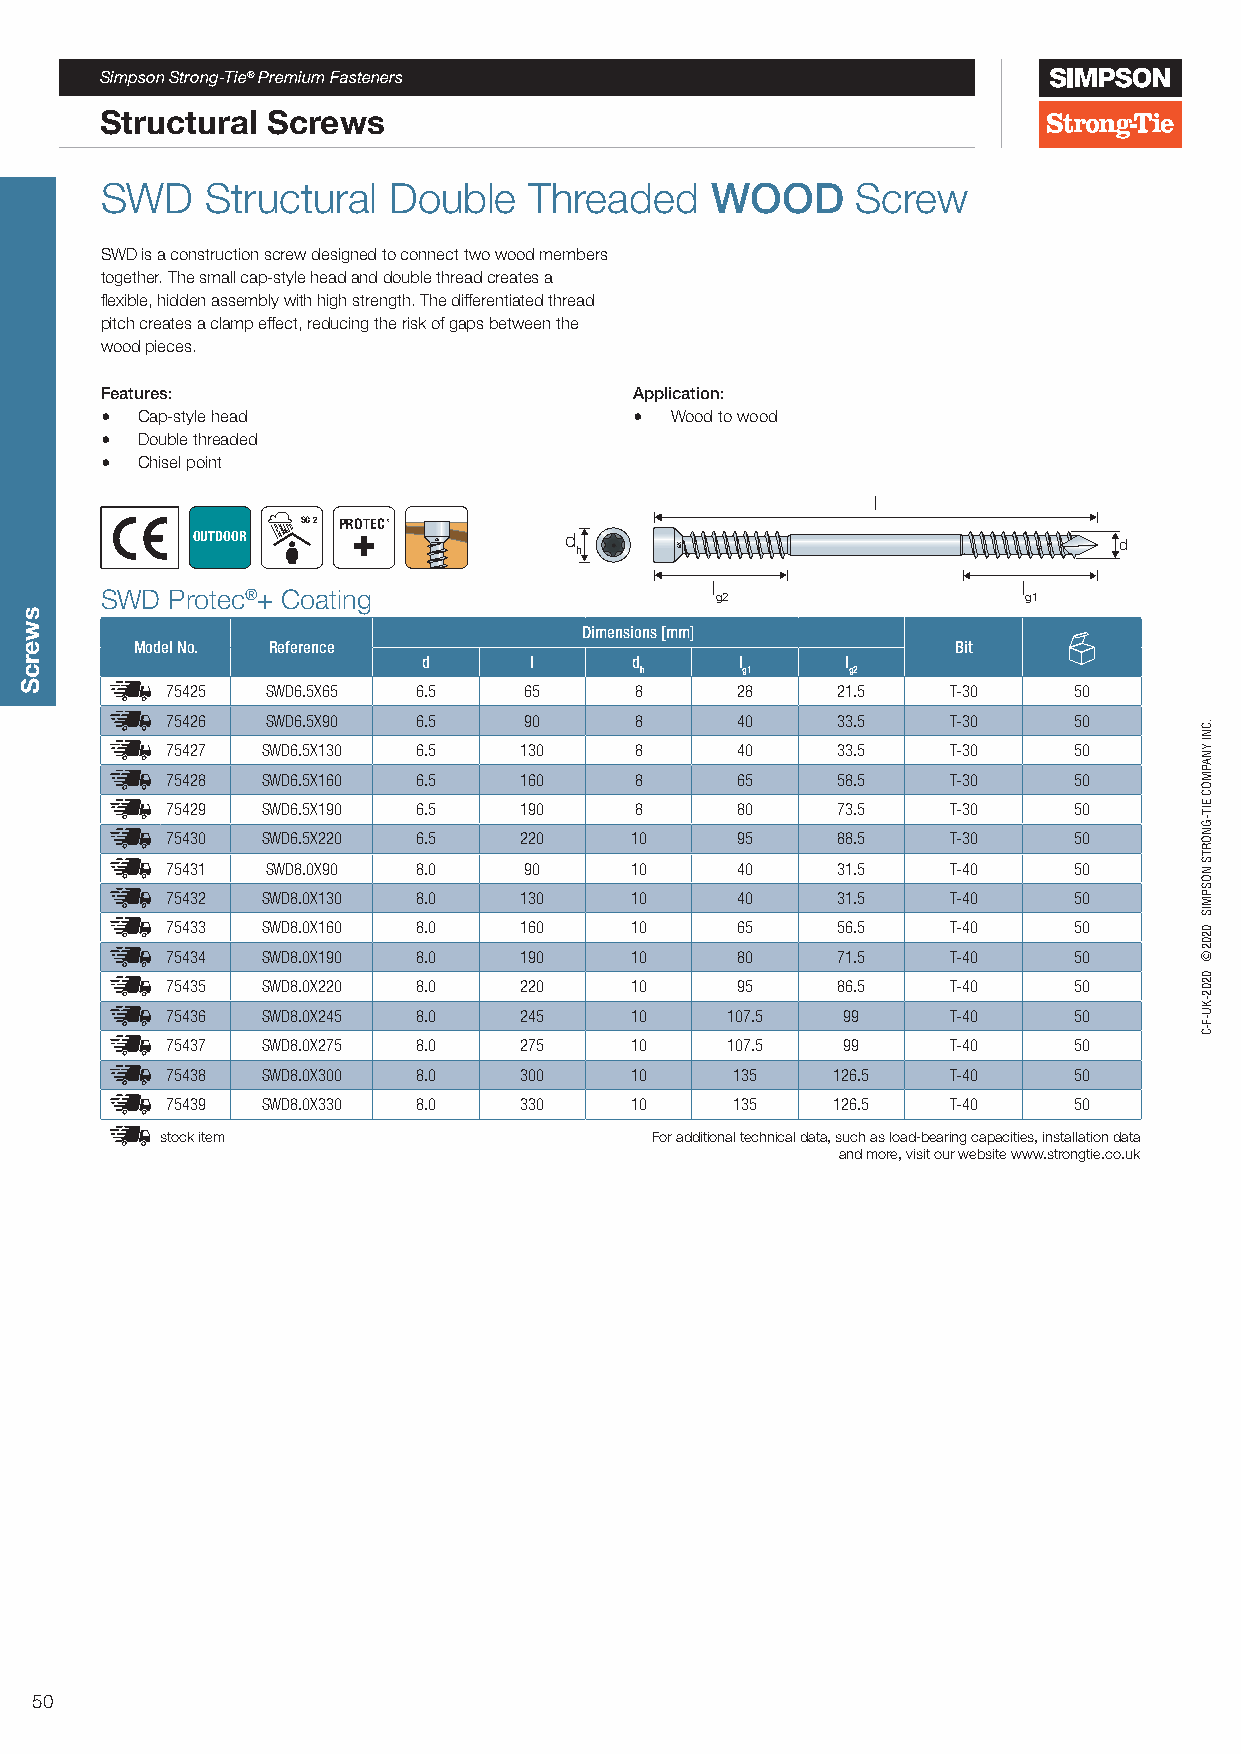
Simpson Strong-Tie® Premium Fasteners
 Structural Screws
 SWD    Structural  Double   Threaded    WOOD      Screw
 SWD is a construction screw designed to connect two wood members
 together. The small cap-style head and double thread creates a
 flexible, hidden assembly with high strength. The differentiated thread
 pitch creates a clamp effect, reducing the risk of gaps between the
 wood pieces.
 Features:                          Application:
 • Cap-style head                   • Wood to wood
 • Double threaded
 • Chisel point
 l
 SC 2 PROTEC
 OUTDOOR         GX      d h                                  d
 l                    l
 SWD Protec®+ Coating                    g2                   g1
 Dimensions [mm]
 Model No. Reference                                   Bit
 d      l      d      l      l
 h      g1     g2
 75425  SWD6.5X65 6.5    65     8      28    21.5    T-30    50
 75426  SWD6.5X90 6.5    90     8      40    33.5    T-30    50
 75427 SWD6.5X130 6.5   130     8      40    33.5    T-30    50
 75428 SWD6.5X160 6.5   160     8      65    58.5    T-30    50
 75429 SWD6.5X190 6.5   190     8      80    73.5    T-30    50
 75430 SWD6.5X220 6.5   220     10     95    88.5    T-30    50
 75431  SWD8.0X90 8.0    90     10     40    31.5    T-40    50
 75432 SWD8.0X130 8.0   130     10     40    31.5    T-40    50
 75433 SWD8.0X160 8.0   160     10     65    56.5    T-40    50
 75434 SWD8.0X190 8.0   190     10     80    71.5    T-40    50
 75435 SWD8.0X220 8.0   220     10     95    86.5    T-40    50
 75436 SWD8.0X245 8.0   245     10    107.5   99     T-40    50
 75437 SWD8.0X275 8.0   275     10    107.5   99     T-40    50
 75438 SWD8.0X300 8.0   300     10     135   126.5   T-40    50
 75439 SWD8.0X330 8.0   330     10     135   126.5   T-40    50
 stock item                      For additional technical data, such as load-bearing capacities, installation data
 and more, visit our website www.strongtie.co.uk
 50
 swercS
 XG
 .CNI
 YNAPMOC
 EIT-GNORTS
 NOSPMIS
 0202©
 0202-KU-F-C